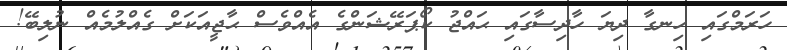
ހަރަމްގައި ހިނގާ ދިޔަ ހާދިސާގައި ޙައްޖު ކޯޕަރޭޝަންގެ އެއްވެސް ޙާޖީއަކަށް ގެއްލުމެއް ނުލިބޭ!